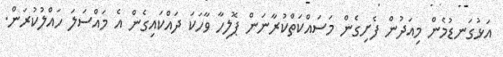
އަޅުގަނޑުމެން މިއަދުން ފެށިގެން މަސައްކަތްކުރާނަން ޕޮލިހާ ވާހަކަ ދައްކައިގެން އެ މައްސަލަ ހައްލުކުރަން.